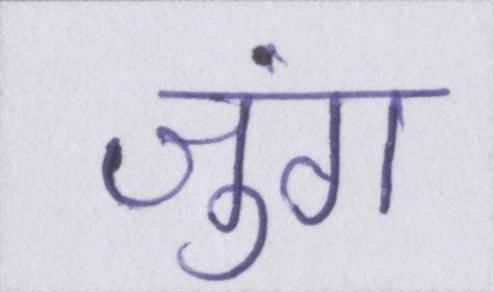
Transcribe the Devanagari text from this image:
जुंग